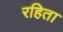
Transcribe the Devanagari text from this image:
रहिता